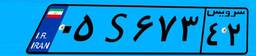
۰۵S۶۷۳۴۲